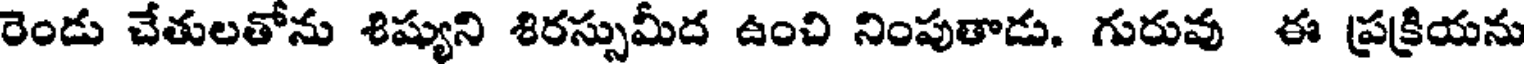
రెండు చేతులతోను శిష్యుని శిరస్సుమీద ఉంచి నింపుతాడు. గురువు ఈ ప్రక్రియను